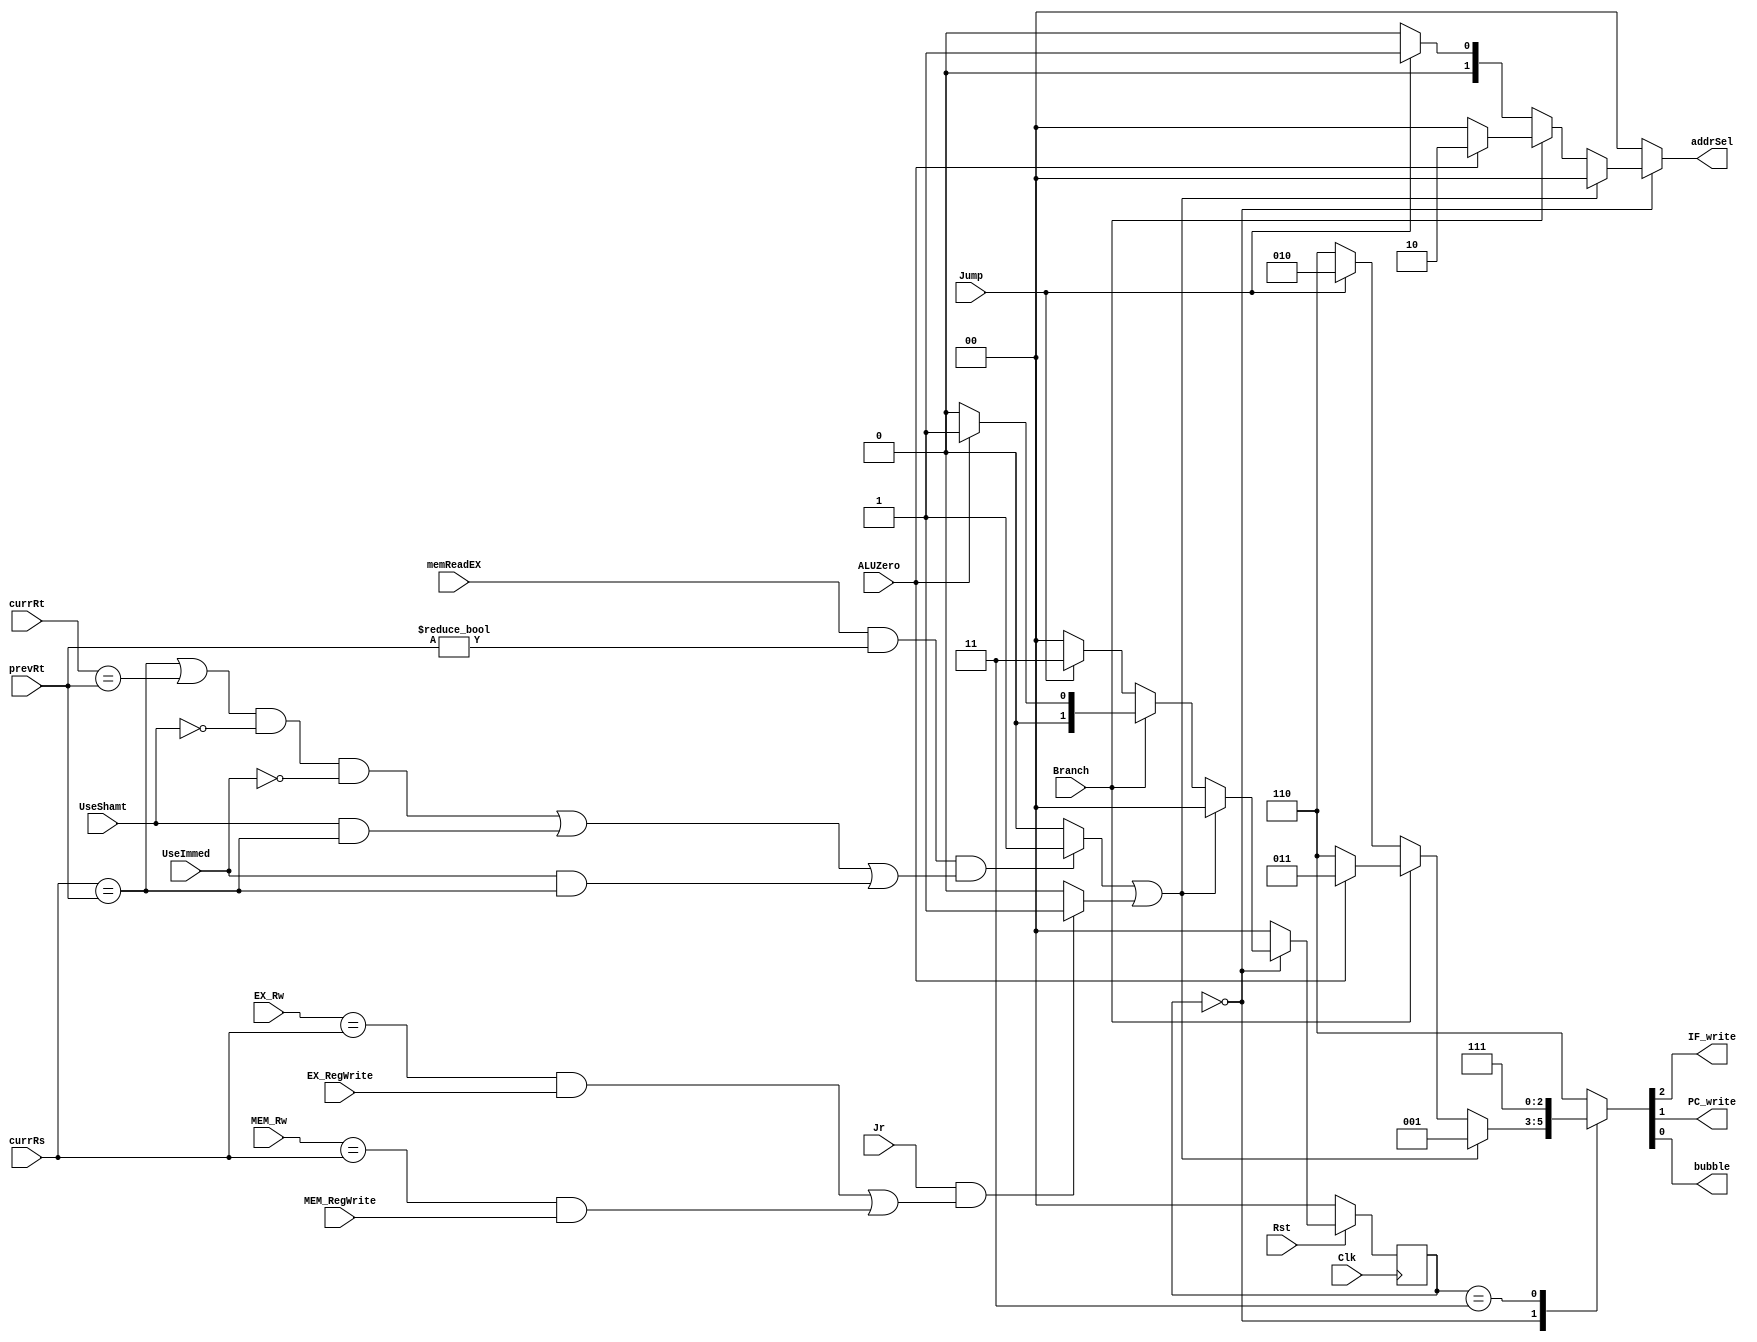
// 00 - Normal State, 01 - Branch, 11 - Jump
`timescale 1ns / 1ps
module HazardUnit(IF_write, PC_write, bubble, addrSel, Jump, Branch,
ALUZero, memReadEX, currRs, currRt, prevRt, UseShamt, UseImmed , Clk , Rst,
Jr, EX_RegWrite, MEM_RegWrite, EX_Rw, MEM_Rw);
// Input and output ports
output reg IF_write, PC_write, bubble;
output reg [1:0] addrSel;
input Jump , Branch , ALUZero , memReadEX , Clk , Rst, Jr,
EX_RegWrite, MEM_RegWrite ;
input [4:0] EX_Rw, MEM_Rw;
input UseShamt , UseImmed ;
input [4:0] currRs, currRt, prevRt;
wire LdHazard, JrHazard;
reg [1:0] state, Next_State;
// Logic for detecting load hazard
assign LdHazard = (memReadEX == 1) & (prevRt != 0) & (((currRs == prevRt ||
currRt == prevRt) & UseShamt == 0 & UseImmed == 0) || (UseShamt == 1 & currRs
== prevRt) ||(UseImmed == 1 & currRs == prevRt ))?1:0 ;
// Check Jr_hazard
assign JrHazard = ((Jr == 1) && ((EX_Rw == currRs && EX_RegWrite ==
1)||(MEM_Rw == currRs && MEM_RegWrite == 1))) ? 1:0;
always @(*) begin
// Check for hazard
case(state)
2'b00: begin
// Load Hazard
if ((LdHazard == 1) || (JrHazard == 1)) begin
Next_State <= 2'b00;
{IF_write, PC_write, bubble} <= 3'b001;
addrSel <= 2'b00;
end
// Branch
else if (Branch == 1) begin
if (ALUZero == 1) begin
Next_State <= 2'b01;
{IF_write, PC_write, bubble} <=
3'b011;
addrSel <= 2'b10;
end
else begin
// Branch NOT taken
Next_State <= 2'b00;
{IF_write, PC_write, bubble} <=
3'b110;
addrSel <= 2'b00;
end
end
// Jump Hazard
else if (Jump == 1) begin
Next_State <= 2'b11;
{IF_write, PC_write, bubble} <= 3'b010;
addrSel <= 2'b01;
end
// NO Hazard
else begin
Next_State <= 2'b00;
{IF_write, PC_write, bubble} <= 3'b110;
addrSel <= 2'b00;
end
end
// Branch
2'b01: begin
Next_State <= 2'b00;
{IF_write, PC_write, bubble} <= 3'b110;
addrSel <= 2'b00;
end
// Jump
2'b11: begin
Next_State <= 2'b00;
{IF_write, PC_write, bubble} <= 3'b111;
addrSel <= 2'b00;
end
default: begin
Next_State <= 2'b00;
{IF_write, PC_write, bubble} <= 3'b110;
addrSel <= 2'b00;
end
endcase
end
// State is changed in negedge of the clock
always @(negedge Clk) begin
// If reset = 0, then keep state at 0
if(Rst == 0)
state <= 2'b00;
else
state <= Next_State;
end
endmodule